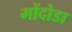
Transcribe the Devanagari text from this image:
गोंदोडा